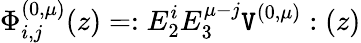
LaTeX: \Phi_{i,j}^{(0,\mu)}(z)=:E_{2}^{i}E_{3}^{\mu-j}\mathtt{V}^{(0,\mu)}:(z)